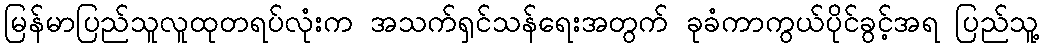
မြန်မာပြည်သူလူထုတရပ်လုံးက အသက်ရှင်သန်ရေးအတွက် ခုခံကာကွယ်ပိုင်ခွင့်အရ ပြည်သူ့